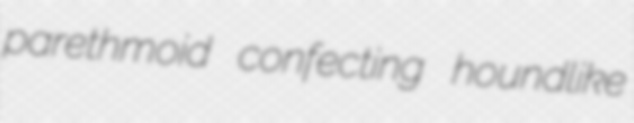
parethmoid confecting houndlike